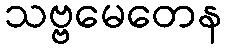
သဗ္ဗမေတေန